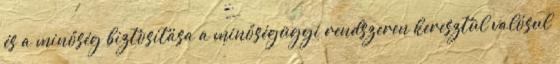
és a minőség biztosítása a minőségügyi rendszeren keresztül valósul